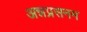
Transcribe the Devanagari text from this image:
अन्नप्रसनम